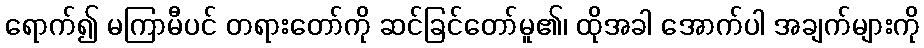
ရောက်၍ မကြာမီပင် တရားတော်ကို ဆင်ခြင်တော်မူ၏၊ ထိုအခါ အောက်ပါ အချက်များကို